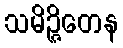
သမိဉ္ဇိတေန